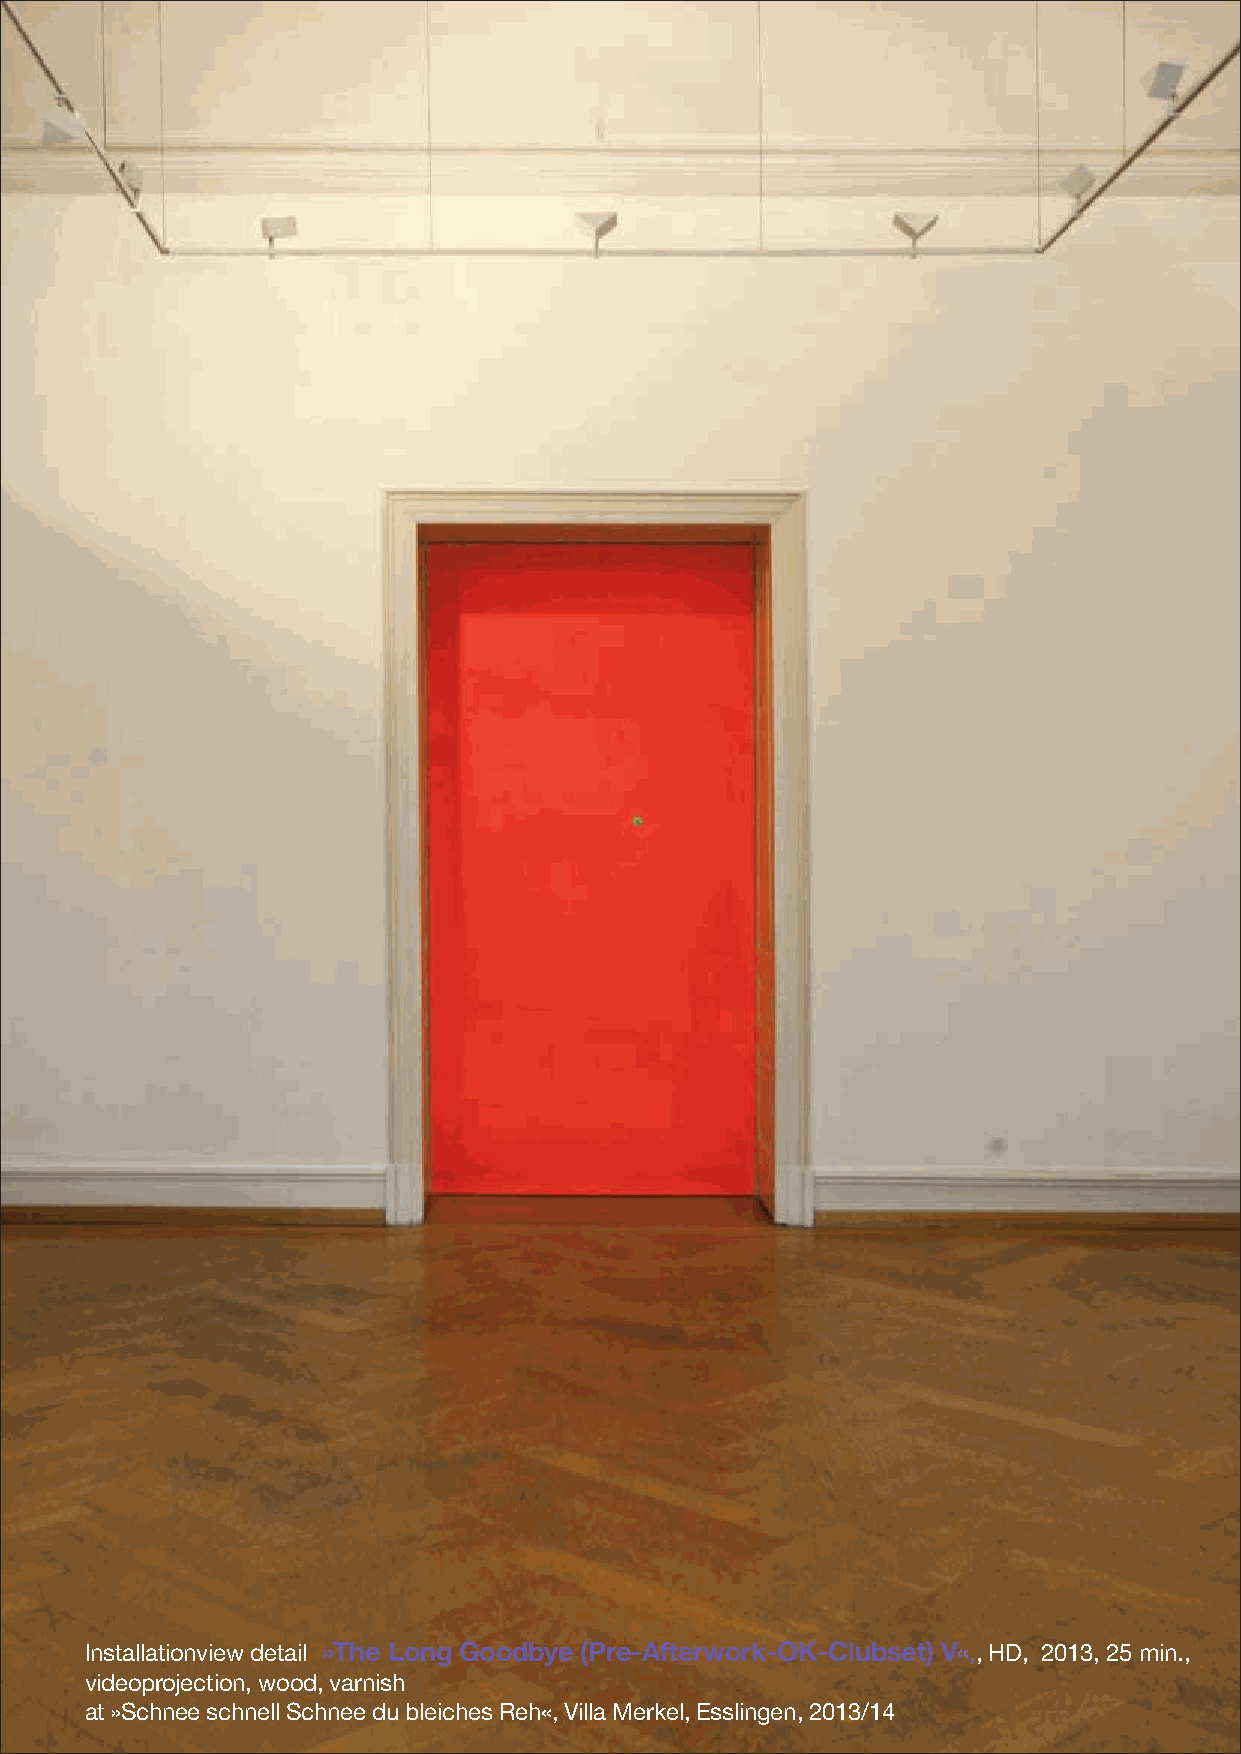
Installationview detail »The Long Goodbye (Pre-Afterwork-OK-Clubset) V«,, HD, 2013, 25 min.,
 videoprojection, wood, varnish
 at »Schnee schnell Schnee du bleiches Reh«, Villa Merkel, Esslingen, 2013/14